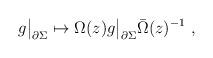
LaTeX: \begin{align*} g\bigr|_{\partial\Sigma} \mapsto \Omega(z) g\bigr|_{\partial\Sigma} \bar\Omega(z)^{-1}~,\end{align*}